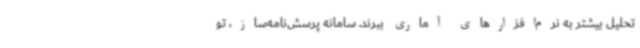
تحلیل بیشتر به نرم‌افزارهای آماری ببرند. سامانه پرسش‌نامه‌ساز، تو